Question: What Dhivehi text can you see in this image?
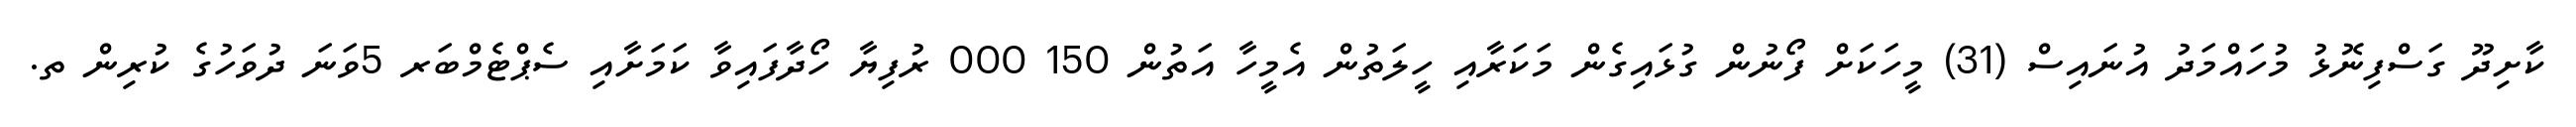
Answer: ކާށިދޫ ގަސްފިނޮޅު މުހައްމަދު އުނައިސް (31) މީހަކަށް ފޯނުން ގުޅައިގެން މަކަރާއި ހީލަތުން އެމީހާ އަތުން 150 000 ރުފިޔާ ހޯދާފައިވާ ކަމަށާއި ސެޕްޓެމްބަރ 5ވަނަ ދުވަހުގެ ކުރިން ތ.